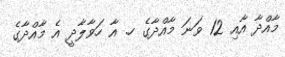
މާއްދާ އާއި 12 ވަނަ މާއްދާގެ ހ. އާ ހަވާލާދީ އެ މާއްދާގެ